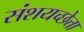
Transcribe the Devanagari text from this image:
संशयच्छेत्ता